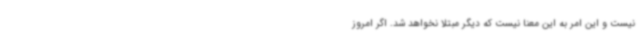
نیست و این امر به این معنا نیست که دیگر مبتلا نخواهد شد. اگر امروز